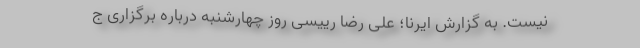
نیست. به گزارش ایرنا؛ علی رضا رییسی روز چهارشنبه درباره برگزاری ج